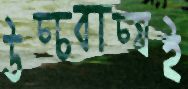
উচ্চবাচ্যই